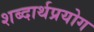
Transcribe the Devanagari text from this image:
शब्दार्थप्रयोग